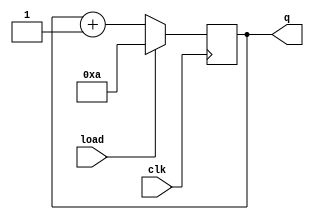
module counter_4b(clk,load,q);
input clk,load;
//input  [3:0] d; 
output [3:0] q;
reg    [3:0] temp;

always @(posedge clk)
    begin
        if(load)
            temp <= 4'b1010;
        else 
            temp <= temp + 1'b1;    
    end
        assign q = temp;
endmodule